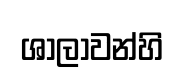
ශාලාවන්හි